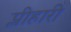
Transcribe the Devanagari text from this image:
प्लीहारी